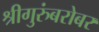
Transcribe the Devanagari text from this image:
श्रीगुरुंंबरोबर